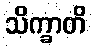
သိက္ခာတိ